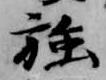
強